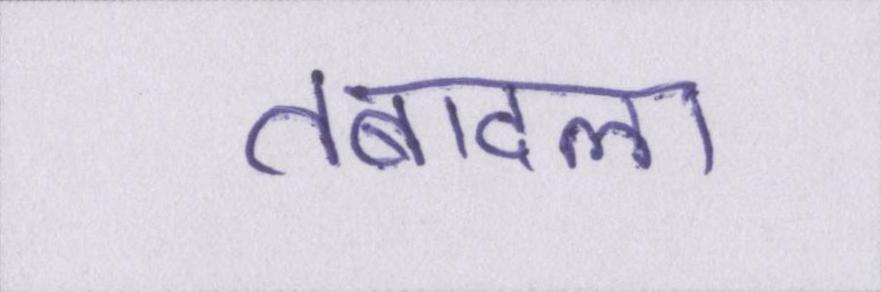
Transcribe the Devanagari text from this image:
तबादला